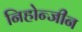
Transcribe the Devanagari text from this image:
निहोन्जीन